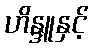
ဟိန္ဒူနှင့်